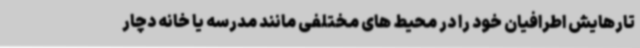
تارهایش اطرافیان خود را در محیط‌ های مختلفی مانند مدرسه یا خانه دچار